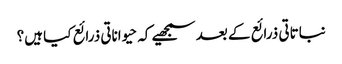
نباتاتی ذرائع کے بعد سمجھیے کہ حیواناتی ذرائع کیا ہیں؟